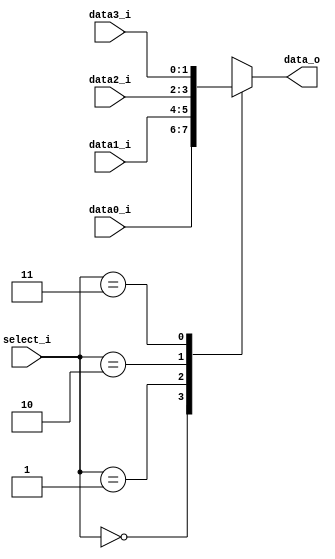
// 110550108
module MUX_4to1(
    data0_i,
    data1_i,
    data2_i,
    data3_i,
    select_i,
    data_o
    );

parameter size = 0;			   

//I/O ports               
input   [size-1:0] data0_i;          
input   [size-1:0] data1_i;
input   [size-1:0] data2_i;
input   [size-1:0] data3_i;
input   [1:0]      select_i;
output  [size-1:0] data_o; 

//Internal Signals
reg     [size-1:0] data_o;

//Main function
always @(*) begin
    case (select_i)
        2'b00: data_o <= data0_i;
        2'b01: data_o <= data1_i;
        2'b10: data_o <= data2_i;
        2'b11: data_o <= data3_i;
    endcase
end

endmodule